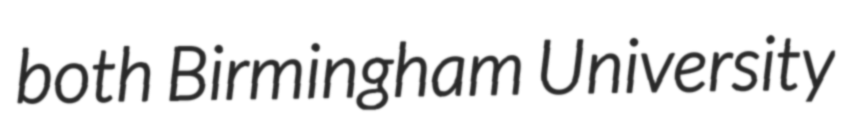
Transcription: both Birmingham University